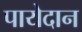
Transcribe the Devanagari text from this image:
पायेदान